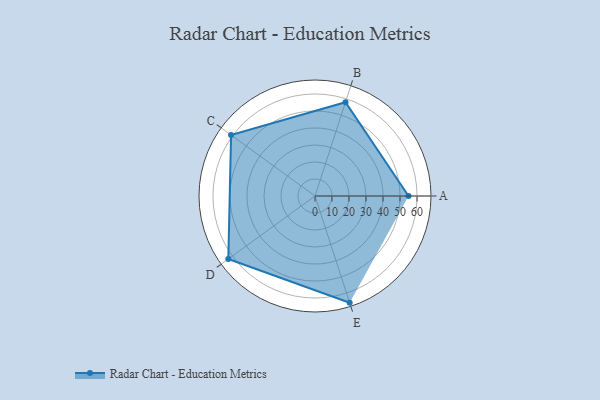
{"axis": {"x": "Skill", "y": "Score"}, "legend": ["Profile"], "data": [{"x": "A", "y": 55.0, "type": "Profile"}, {"x": "B", "y": 58.0, "type": "Profile"}, {"x": "C", "y": 61.0, "type": "Profile"}, {"x": "D", "y": 63.0, "type": "Profile"}, {"x": "E", "y": 66.0, "type": "Profile"}]}